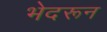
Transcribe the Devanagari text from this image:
भेदरून